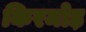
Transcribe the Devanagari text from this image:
किरमोड़